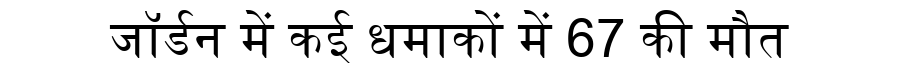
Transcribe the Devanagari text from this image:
जॉर्डन में कई धमाकों में 67 की मौत